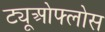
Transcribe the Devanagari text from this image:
ट्यूओफ्लोस